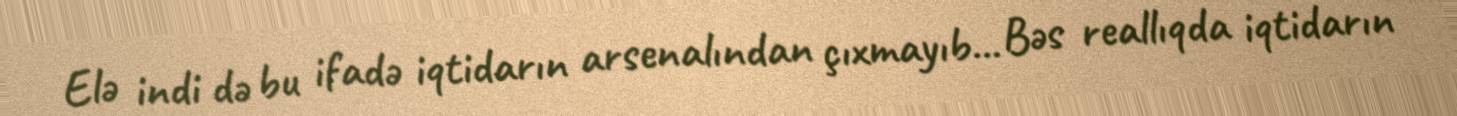
Elə indi də bu ifadə iqtidarın arsenalından çıxmayıb... Bəs reallıqda iqtidarın